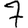
Digit: 7